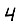
Digit: 4